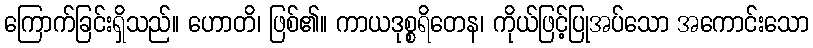
ကြောက်ခြင်းရှိသည်။ ဟောတိ၊ ဖြစ်၏။ ကာယဒုစ္စရိတေန၊ ကိုယ်ဖြင့်ပြုအပ်သော အကောင်းသော